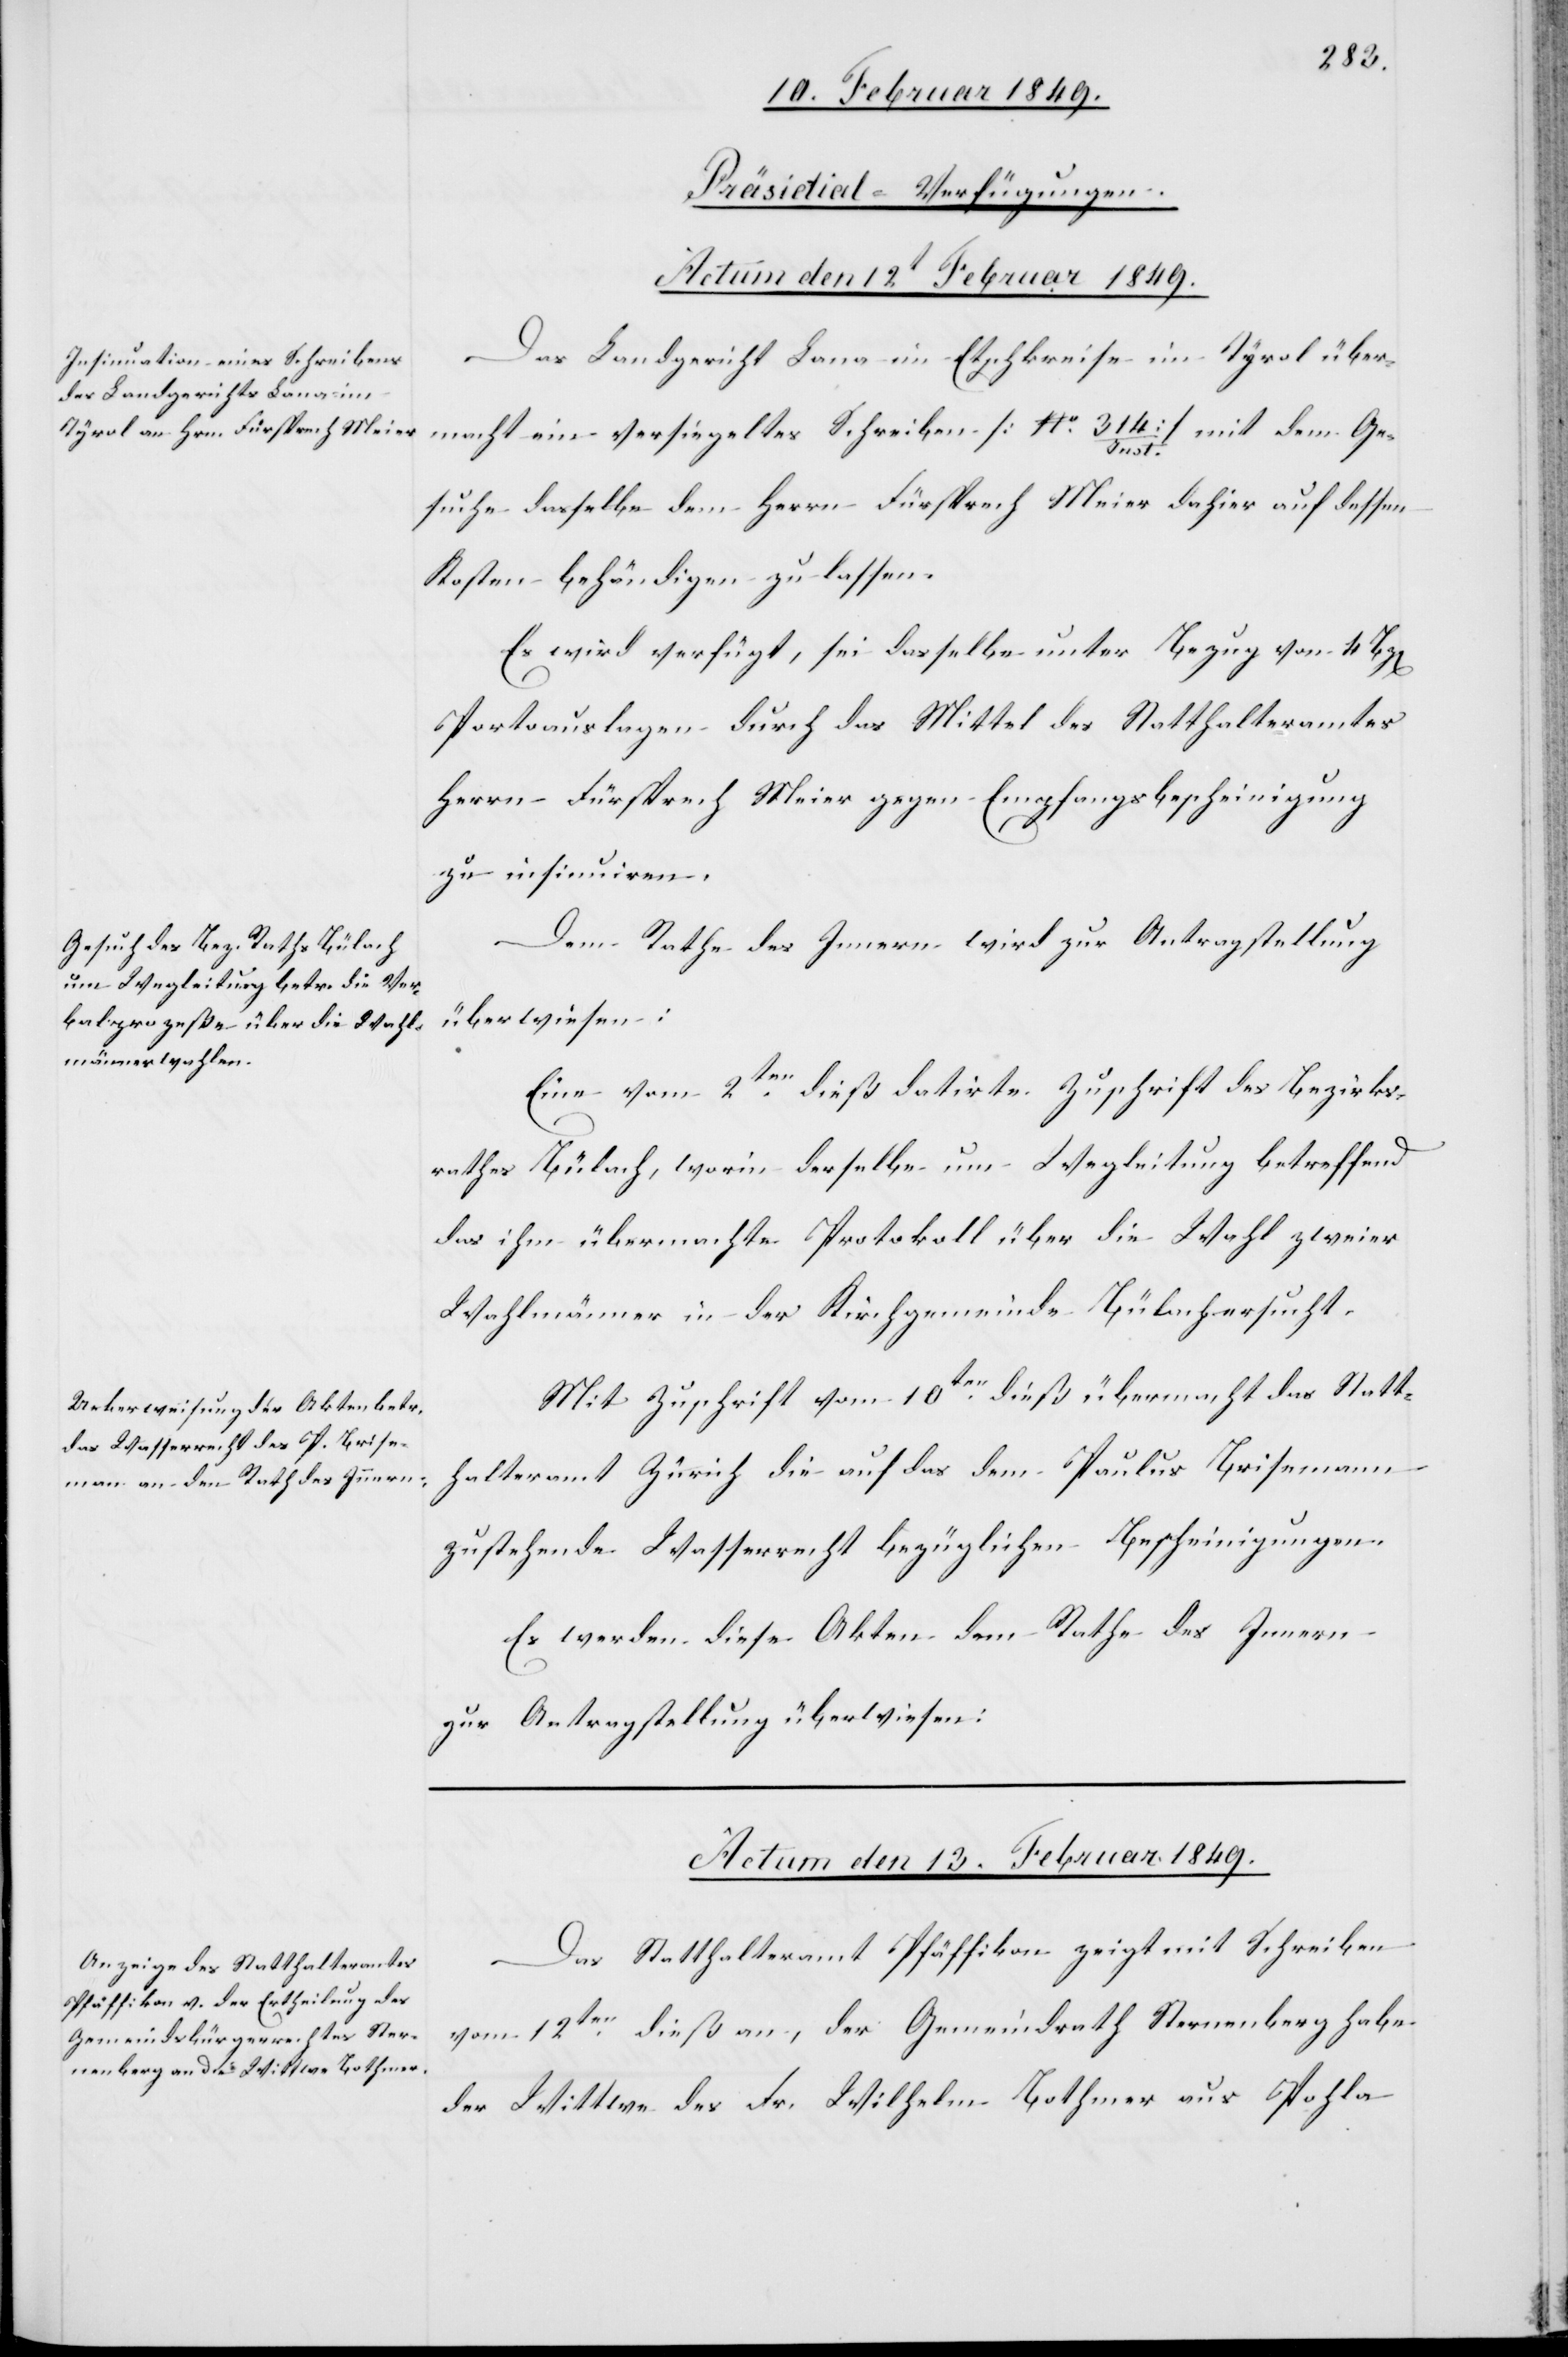
[Präsidial-Verfügungen.]
Actum den 12t Februar 1849.]
Das Landgericht Lana im Etschkreise im Tyrol über¬
macht ein versiegeltes Schreiben [No. 314 Inst.] mit dem Ge¬
suche dasselbe dem Herrn Fürsprech Meier dahier auf dessen
Kosten behändigen zu lassen.
Es wird verfügt, sei dasselbe unter Bezug von 4 Bz[en]
Portoauslagen durch das Mittel des Statthalteramtes
Herrn Fürsprech Meier gegen Empfangsbescheinigung
zu insinuiren.
Dem Rathe des Innern wird zur Antragstellung
überwiesen:
Eine vom 2ten. dieß datirte Zuschrift des Bezirks¬
rathes Bülach, worin derselbe um Wegleitung betreffend
das ihm übermachte Protokoll über die Wahl zweier
Wahlmänner in der Kirchgemeinde Bülach ersucht.
Mit Zuschrift vom 10ten. dieß übermacht das Statt¬
halteramt Zürich die auf das dem Paulus Brisemann
zustehende Wasserrecht bezüglichen Bescheinigungen.
Es werden diese Akten dem Rathe des Innern
zur Antragstellung überwiesen:
Actum den 13. Februar 1849.
Das Statthalteramt Pfäffikon zeigt mit Schreiben
vom 12ten. dieß an, der Gemeindrath Sternenberg habe
der Wittwe des Fr. Wilhelm Bothmer aus Pohla